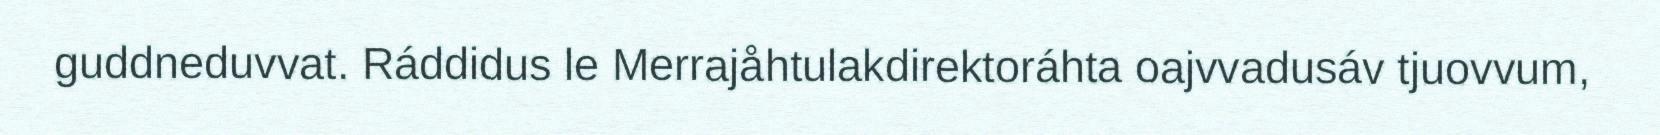
guddneduvvat. Ráddidus le Merrajåhtulakdirektoráhta oajvvadusáv tjuovvum,